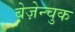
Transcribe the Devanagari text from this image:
बेज़ेन्चुक